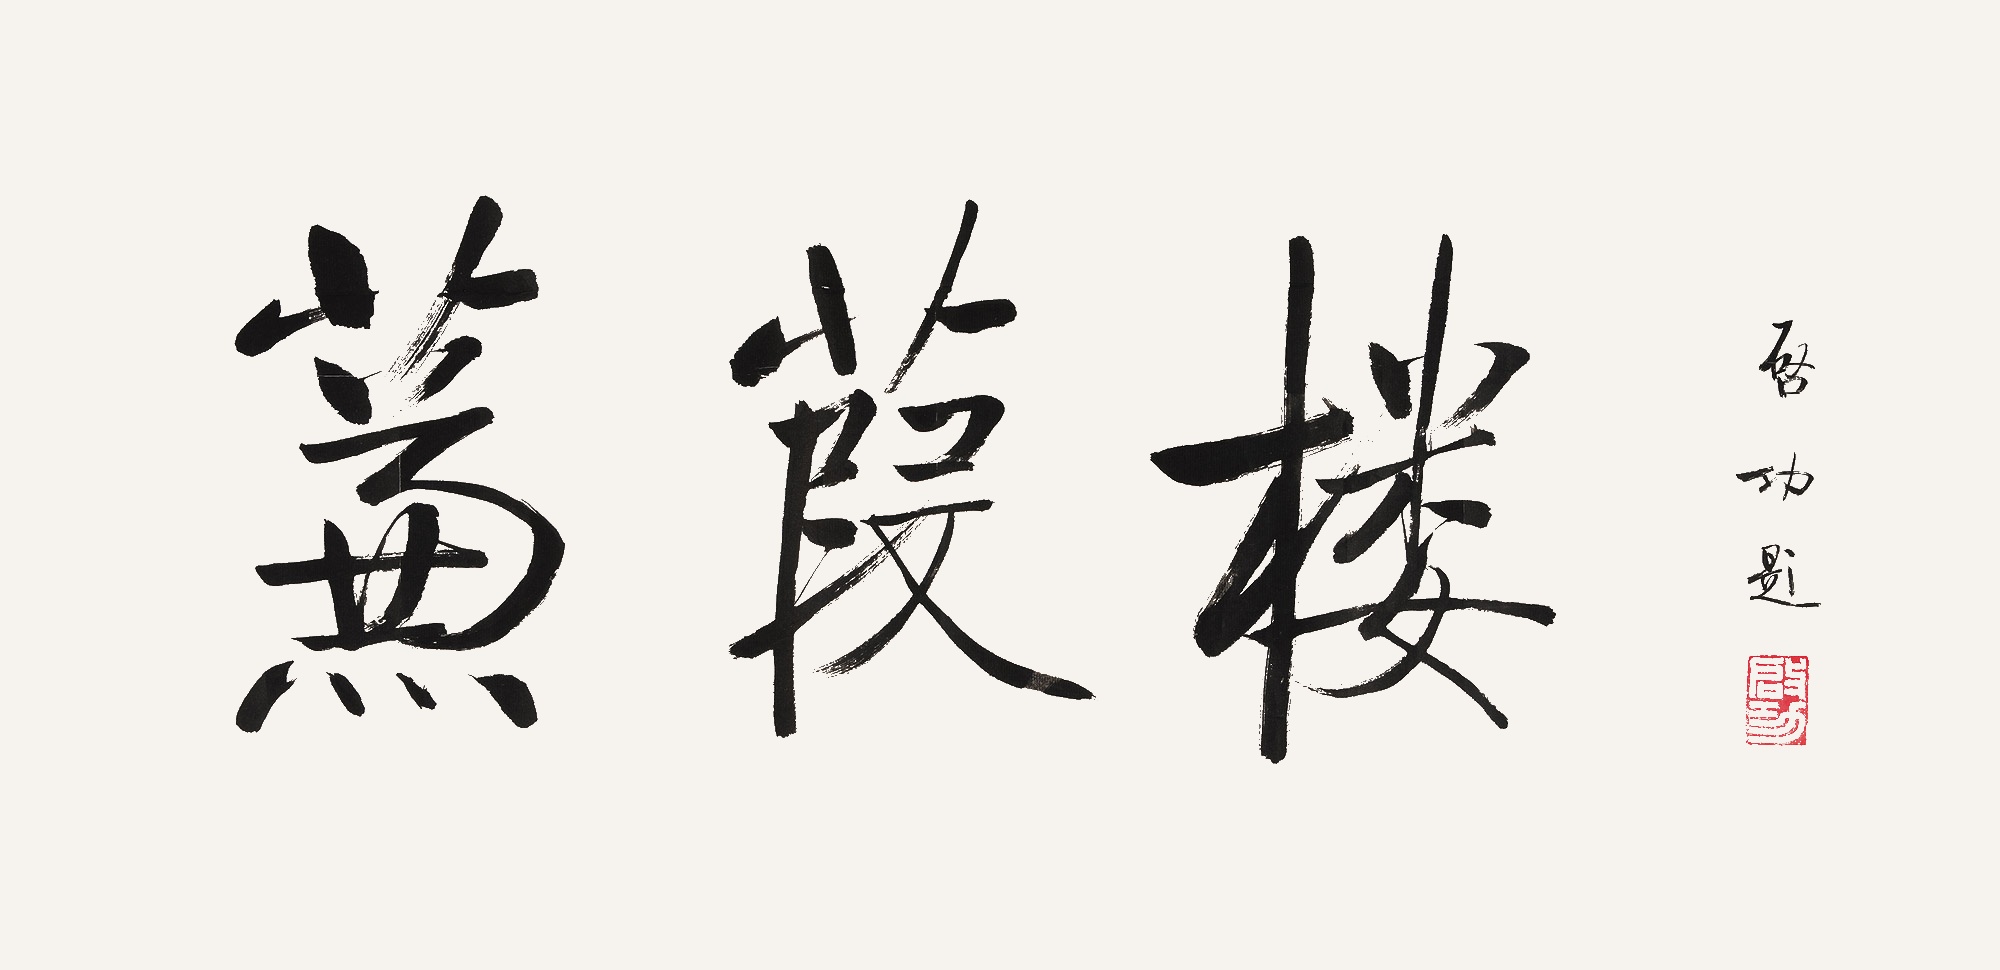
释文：蒹葭楼。启功题。